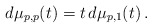
\begin{align*}d\mu_{p,p}(t) = t\, d\mu_{p,1}(t)\,.\end{align*}